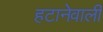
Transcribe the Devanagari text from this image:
हटानेवाली